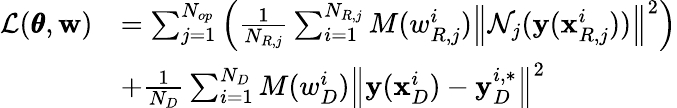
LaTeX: \begin{array}{rl}{\mathcal{L}(\pmb{\theta},\mathbf{w})}&{=\sum_{j=1}^{N_{op}}{\left(\frac{1}{N_{R,j}}\sum_{i=1}^{N_{R,j}}{M(w_{R,j}^{i})\left\| \mathcal{N}_{j}(\mathbf{y}(\mathbf{x}_{R,j}^{i}))\right\| ^{2}}\right)}}\\ &{+{\frac{1}{N_{D}}\sum_{i=1}^{N_{D}}{M(w_{D}^{i})\left\| \mathbf{y}(\mathbf{x}_{D}^{i})-\mathbf{y}_{D}^{i,*}\right\| ^{2}}}}\end{array}